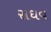
રાઘવ